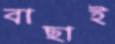
বাছাই